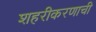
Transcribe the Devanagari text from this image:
शहरीकरणाची